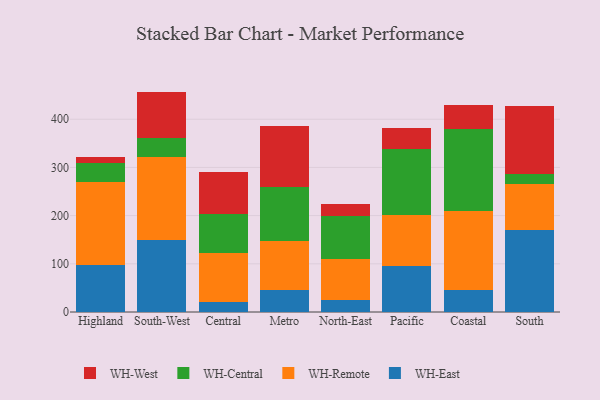
{"axis": {"x": "Region", "y": "Shipments"}, "legend": ["WH-Central", "WH-East", "WH-Remote", "WH-West"], "data": [{"x": "Highland", "y": 97.5, "type": "WH-East"}, {"x": "Highland", "y": 172.2, "type": "WH-Remote"}, {"x": "Highland", "y": 38.6, "type": "WH-Central"}, {"x": "Highland", "y": 14.3, "type": "WH-West"}, {"x": "South-West", "y": 149.3, "type": "WH-East"}, {"x": "South-West", "y": 173.2, "type": "WH-Remote"}, {"x": "South-West", "y": 37.9, "type": "WH-Central"}, {"x": "South-West", "y": 96.9, "type": "WH-West"}, {"x": "Central", "y": 20.5, "type": "WH-East"}, {"x": "Central", "y": 102.2, "type": "WH-Remote"}, {"x": "Central", "y": 81.6, "type": "WH-Central"}, {"x": "Central", "y": 85.2, "type": "WH-West"}, {"x": "Metro", "y": 45.5, "type": "WH-East"}, {"x": "Metro", "y": 101.5, "type": "WH-Remote"}, {"x": "Metro", "y": 112.9, "type": "WH-Central"}, {"x": "Metro", "y": 126.9, "type": "WH-West"}, {"x": "North-East", "y": 24.7, "type": "WH-East"}, {"x": "North-East", "y": 84.5, "type": "WH-Remote"}, {"x": "North-East", "y": 91.0, "type": "WH-Central"}, {"x": "North-East", "y": 24.7, "type": "WH-West"}, {"x": "Pacific", "y": 95.4, "type": "WH-East"}, {"x": "Pacific", "y": 106.0, "type": "WH-Remote"}, {"x": "Pacific", "y": 136.1, "type": "WH-Central"}, {"x": "Pacific", "y": 43.5, "type": "WH-West"}, {"x": "Coastal", "y": 46.0, "type": "WH-East"}, {"x": "Coastal", "y": 163.9, "type": "WH-Remote"}, {"x": "Coastal", "y": 170.6, "type": "WH-Central"}, {"x": "Coastal", "y": 49.6, "type": "WH-West"}, {"x": "South", "y": 169.3, "type": "WH-East"}, {"x": "South", "y": 96.3, "type": "WH-Remote"}, {"x": "South", "y": 19.8, "type": "WH-Central"}, {"x": "South", "y": 142.6, "type": "WH-West"}]}